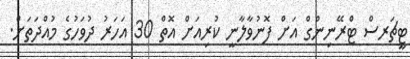
ޓީޗަރސް ޓްރޭނިންގް އަށް ފޮނުވާލާނީ ކުރިއަށް އޮތް 30 އަހަރު ދުވަހުގެ މުއްދަތަށް.